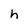
Character: h